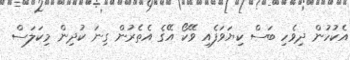
އެކުހުން ދިވެހި ބަސް ކިޔަވަފެއި ވޭކޯ އޭގެ އެތެރުން ގިނަ ކުދިން މިކަލަސް